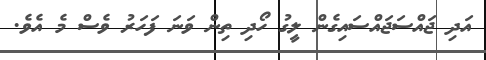
އަދި ޖައްސަޖައްސައިގެން ލީގު ހޯދި ތިން ވަނަ ފަހަރު ވެސް މެ އެވެ.